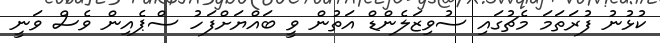
ކުޅުނު ފުރަތަމަ މެޗުގައި ސުވިޒަލެންޑް އަތުން ވީ ބައްޔަށްފަހު ސްޕެއިން ވެސް ވަނީ